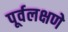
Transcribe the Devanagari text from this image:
पूर्वलक्षणे